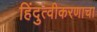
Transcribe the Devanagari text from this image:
हिंदुत्वीकरणाचा